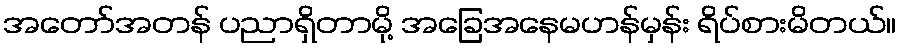
အတော်အတန် ပညာရှိတာမို့ အခြေအနေမဟန်မှန်း ရိပ်စားမိတယ်။